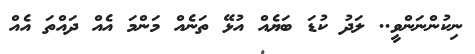
ނިކުންނަންވީ.. ލަދު ކުޑަ ބަޔެއް އުޅޭ ތަނެއް މަންމަ އެއް ދައްތަ އެއް